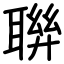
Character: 聨